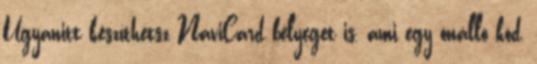
Ugyanitt készíthetsz NaviCard bélyeget is, ami egy önálló kód,